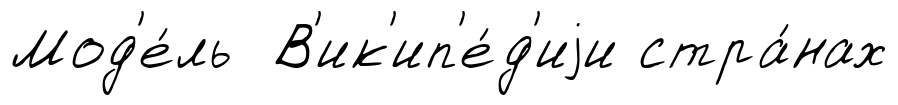
Мод'е́ль В'ик'ип'е́д'иjи стра́нах